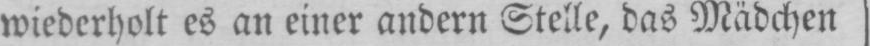
wiederholt es an einer andern Stelle, das Mädchen